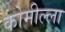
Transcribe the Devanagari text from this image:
कोमील्ला